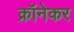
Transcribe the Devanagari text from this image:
क्रॉनेकर